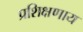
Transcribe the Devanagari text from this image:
प्रशिक्षणाय